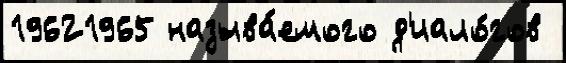
19621965 называ́емого д'иало́гов